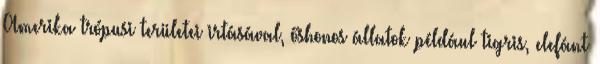
Amerika trópusi területei irtásával, őshonos állatok például tigris, elefánt